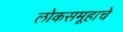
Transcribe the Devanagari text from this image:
लोकसमूहाचे